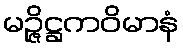
မဉ္ဇိဋ္ဌကဝိမာနံ